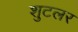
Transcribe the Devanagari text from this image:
शुटलर